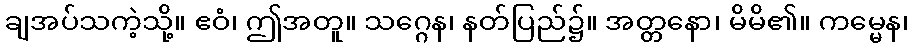
ချအပ်သကဲ့သို့။ ဧဝံ၊ ဤအတူ။ သဂ္ဂေန၊ နတ်ပြည်၌။ အတ္တနော၊ မိမိ၏။ ကမ္မေန၊